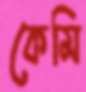
কেমি